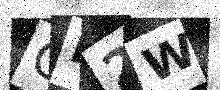
Text: OD2W